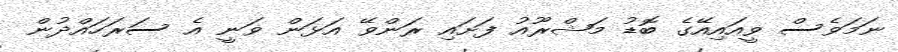
ނަމަވެސް ވީއައިއޭގެ ބޮޑު މަޝްރޫއު ފަށައި ރަންވޭ އަޅަން ވަނީ އެ ސަރަހައްދުން